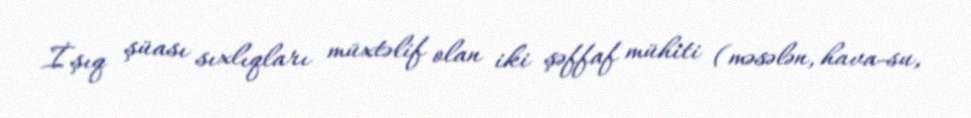
İşıq şüası sıxlıqları müxtəlif olan iki şəffaf mühiti (məsələn, hava-su,